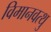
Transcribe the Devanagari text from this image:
विमानवत्थु